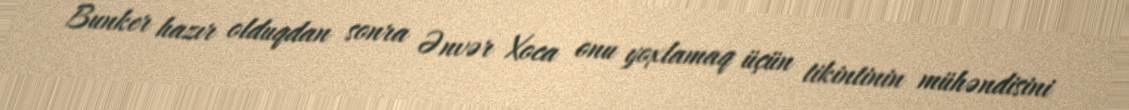
Bunker hazır olduqdan sonra Ənvər Xoca onu yoxlamaq üçün tikintinin mühəndisini